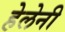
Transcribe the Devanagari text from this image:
हेलेनी